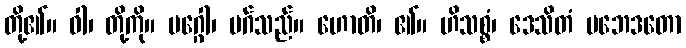
တို့၏။ ဝါ၊ တို့ကို။ မဂ္ဂေါ၊ မဂ်သည်။ ဟောတိ၊ ၏။ ဟိသစ္စံ၊ ဒေသိတံ ပဘေဒတော